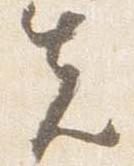
先